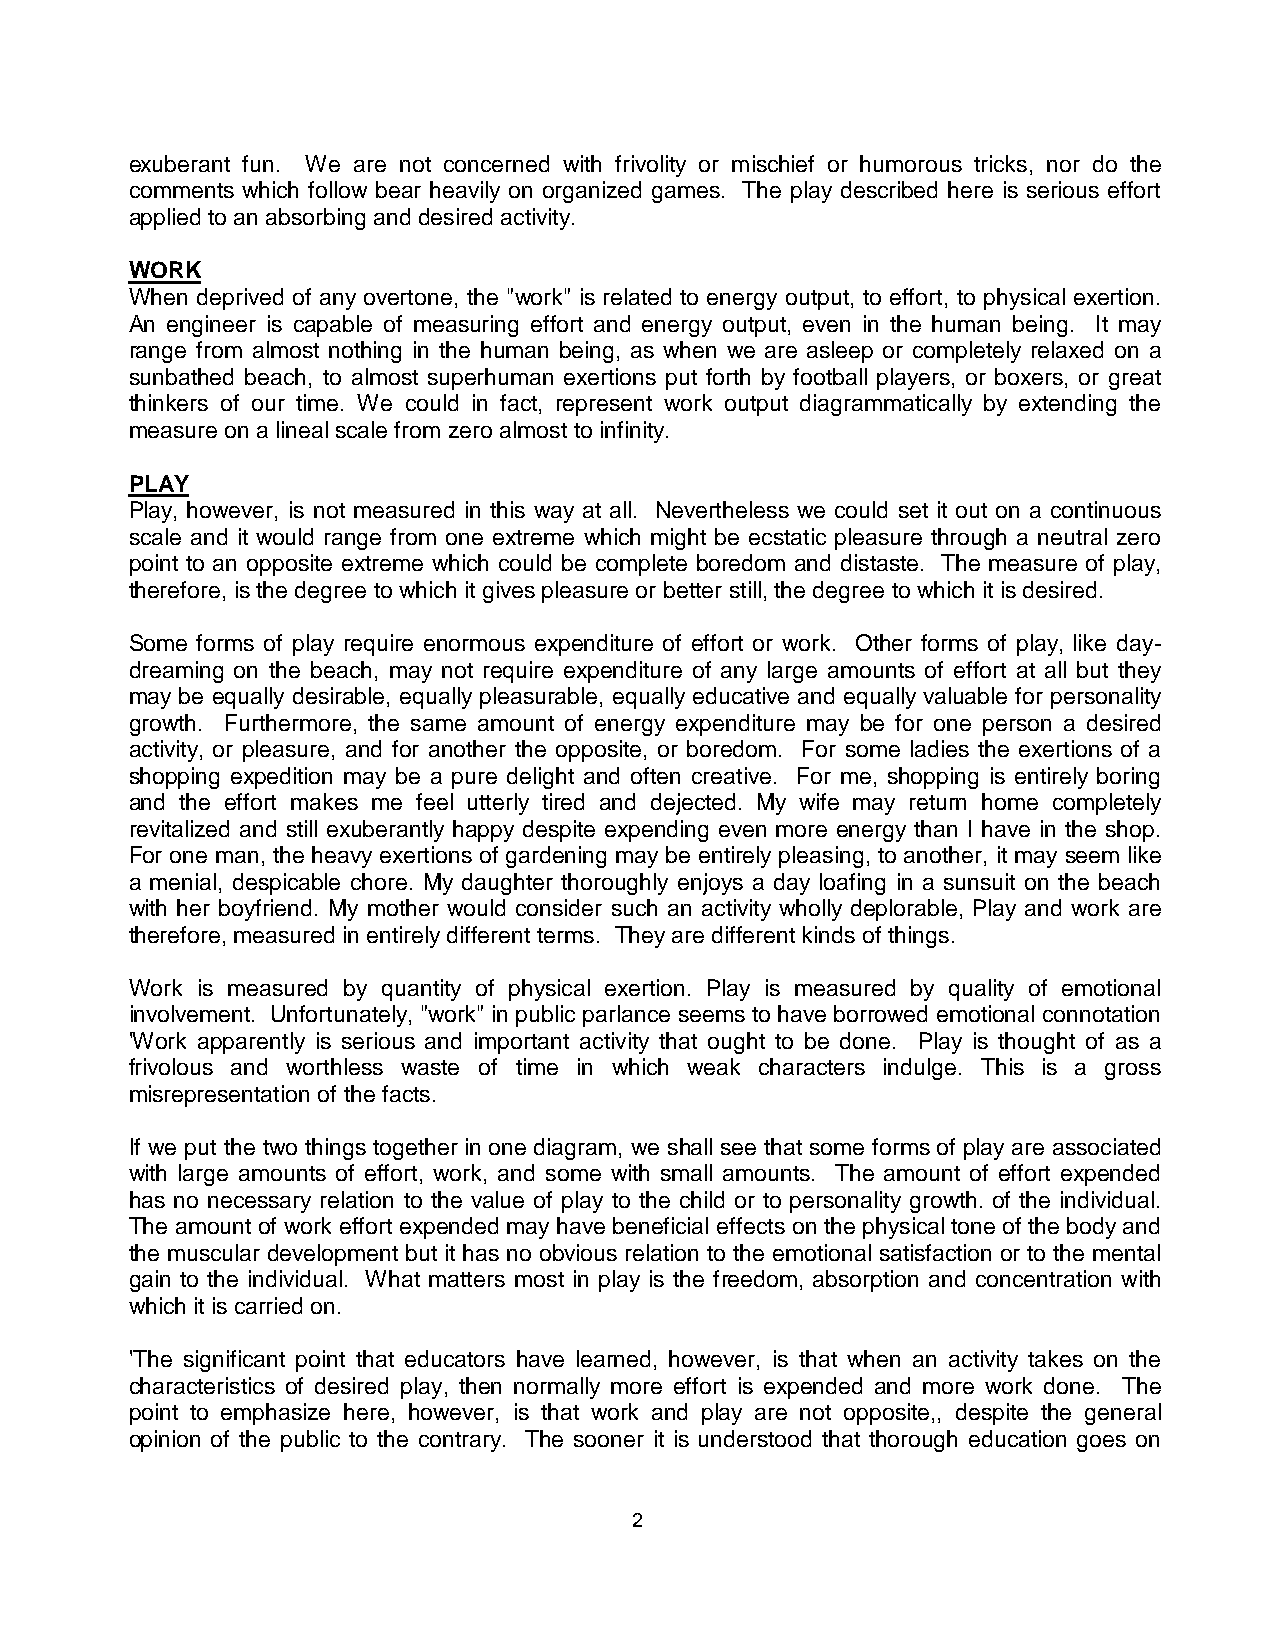
exuberant fun. We are not concerned with frivolity or mischief or humorous tricks, nor do the
 comments which follow bear heavily on organized games. The play described here is serious effort
 applied to an absorbing and desired activity.
 WORK
 When deprived of any overtone, the "work" is related to energy output, to effort, to physical exertion.
 An engineer is capable of measuring effort and energy output, even in the human being. It may
 range from almost nothing in the human being, as when we are asleep or completely relaxed on a
 sunbathed beach, to almost superhuman exertions put forth by football players, or boxers, or great
 thinkers of our time. We could in fact, represent work output diagrammatically by extending the
 measure on a lineal scale from zero almost to infinity.
 PLAY
 Play, however, is not measured in this way at all. Nevertheless we could set it out on a continuous
 scale and it would range from one extreme which might be ecstatic pleasure through a neutral zero
 point to an opposite extreme which could be complete boredom and distaste. The measure of play,
 therefore, is the degree to which it gives pleasure or better still, the degree to which it is desired.
 Some forms of play require enormous expenditure of effort or work. Other forms of play, like day-
 dreaming on the beach, may not require expenditure of any large amounts of effort at all but they
 may be equally desirable, equally pleasurable, equally educative and equally valuable for personality
 growth. Furthermore, the same amount of energy expenditure may be for one person a desired
 activity, or pleasure, and for another the opposite, or boredom. For some ladies the exertions of a
 shopping expedition may be a pure delight and often creative. For me, shopping is entirely boring
 and the effort makes me feel utterly tired and dejected. My wife may return home completely
 revitalized and still exuberantly happy despite expending even more energy than I have in the shop.
 For one man, the heavy exertions of gardening may be entirely pleasing, to another, it may seem like
 a menial, despicable chore. My daughter thoroughly enjoys a day loafing in a sunsuit on the beach
 with her boyfriend. My mother would consider such an activity wholly deplorable, Play and work are
 therefore, measured in entirely different terms. They are different kinds of things.
 Work is measured by quantity of physical exertion. Play is measured by quality of emotional
 involvement. Unfortunately, "work" in public parlance seems to have borrowed emotional connotation
 'Work apparently is serious and important activity that ought to be done. Play is thought of as a
 frivolous and worthless waste of time in which weak characters indulge. This is a gross
 misrepresentation of the facts.
 If we put the two things together in one diagram, we shall see that some forms of play are associated
 with large amounts of effort, work, and some with small amounts. The amount of effort expended
 has no necessary relation to the value of play to the child or to personality growth. of the individual.
 The amount of work effort expended may have beneficial effects on the physical tone of the body and
 the muscular development but it has no obvious relation to the emotional satisfaction or to the mental
 gain to the individual. What matters most in play is the freedom, absorption and concentration with
 which it is carried on.
 'The significant point that educators have learned, however, is that when an activity takes on the
 characteristics of desired play, then normally more effort is expended and more work done. The
 point to emphasize here, however, is that work and play are not opposite,, despite the general
 opinion of the public to the contrary. The sooner it is understood that thorough education goes on
 2